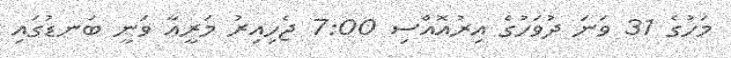
މަހުގެ 31 ވަނަ ދުވަހުގެ އިރުއޮއްސި 7:00 ޖެހިއިރު މަރީއާ ވަނީ ބަނޑުގައި